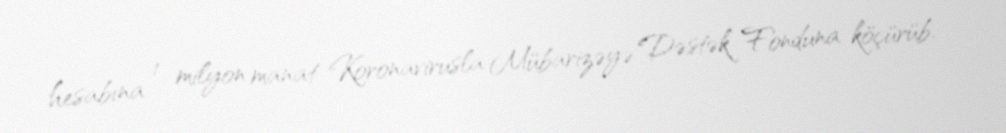
hesabına 1 milyon manat Koronavirusla Mübarizəyə Dəstək Fonduna köçürüb.